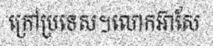
ក្រៅប្រទេស។លោកអ៊ាសែ